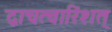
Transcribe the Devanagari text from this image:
द्वाचत्वारिंशत्